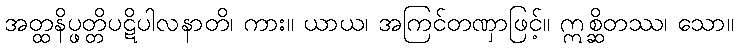
အတ္ထနိပ္ဖတ္တိပဋိပါလနာတိ၊ ကား။ ယာယ၊ အကြင်တဏှာဖြင့်။ ဣစ္ဆိတဿ၊ သော။